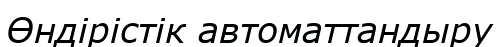
Өндірістік автоматтандыру